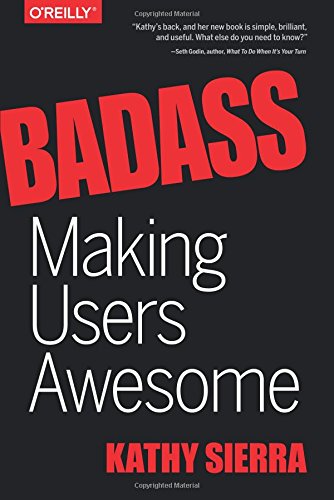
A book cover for Badass: Making Users Awesome; Kathy Sierra; Computers & Technology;